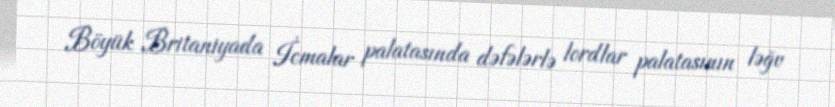
Böyük Britaniyada İcmalar palatasında dəfələrlə lordlar palatasının ləğv